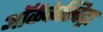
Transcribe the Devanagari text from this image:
ऑर्ककेस्विट्रा